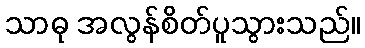
သာဓု အလွန်စိတ်ပူသွားသည်။